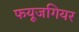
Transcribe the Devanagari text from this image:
फयूजगियर